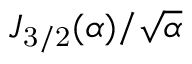
J _ { \mathrm { 3 / 2 } } ( { \alpha } ) / { \sqrt { \alpha } }